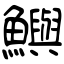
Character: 鱮